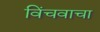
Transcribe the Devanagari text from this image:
विंचवाचा